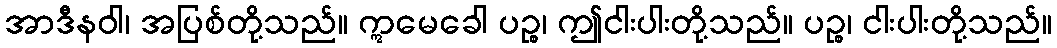
အာဒီနဝါ၊ အပြစ်တို့သည်။ ဣမေခေါ ပဉ္စ၊ ဤငါးပါးတို့သည်။ ပဉ္စ၊ ငါးပါးတို့သည်။